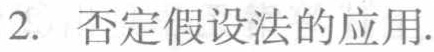
2. 否定假设法的应用.